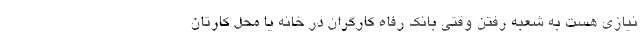
نیازی هست به شعبه رفتن وقتی بانک رفاه کارگران در خانه یا محل کارتان